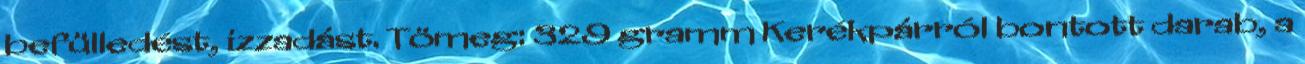
befülledést, izzadást. Tömeg: 329 gramm Kerékpárról bontott darab, a